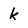
Character: k